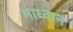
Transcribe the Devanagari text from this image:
माध्वान